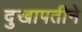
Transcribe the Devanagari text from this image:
दुखापतीने